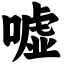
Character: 嘘